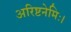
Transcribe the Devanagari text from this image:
अरिष्टनेमिः।